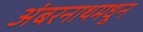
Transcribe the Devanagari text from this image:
अंबरनाथमधून